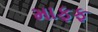
માફફ